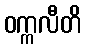
ဝက္ကလီတိ